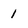
Character: 1